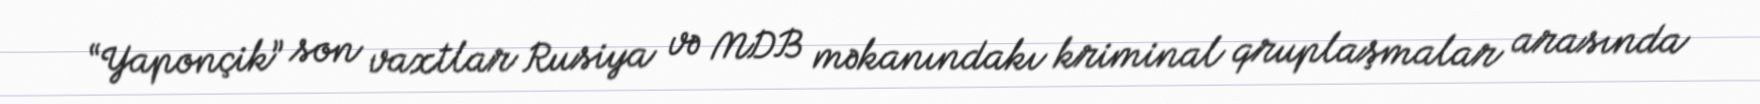
“Yaponçik” son vaxtlar Rusiya və MDB məkanındakı kriminal qruplaşmalar arasında